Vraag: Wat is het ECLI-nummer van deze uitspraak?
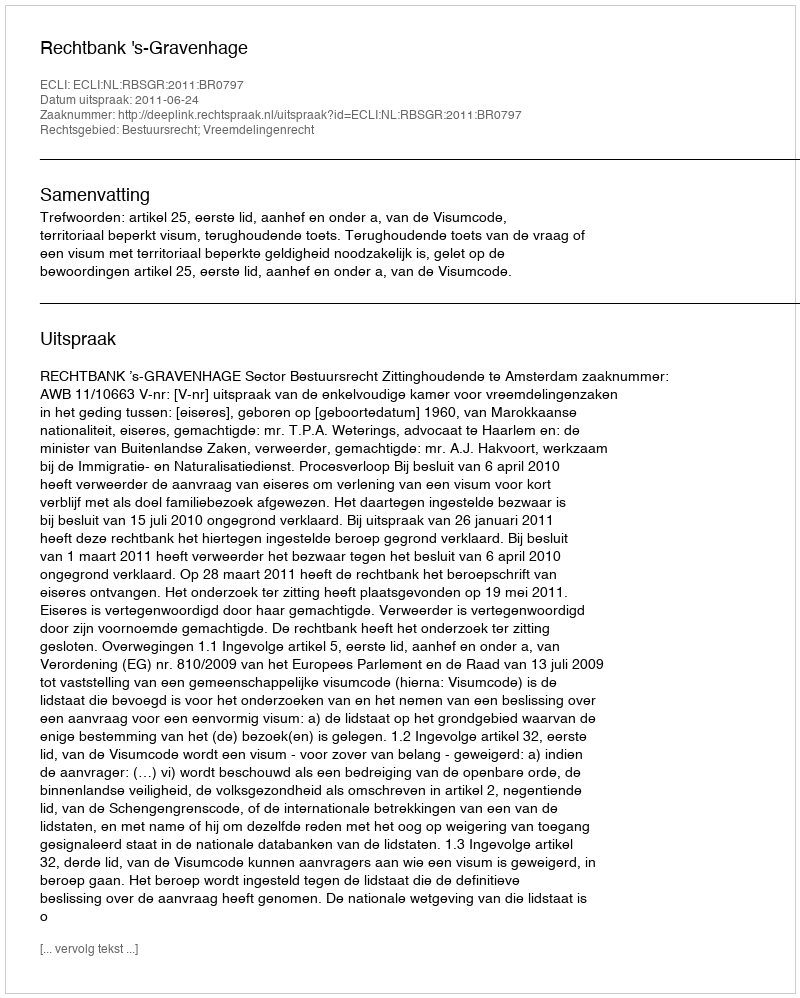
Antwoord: ECLI:NL:RBSGR:2011:BR0797